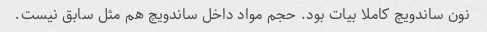
نون ساندویچ کاملا بیات بود. حجم مواد داخل ساندویچ هم مثل سابق نیست.